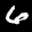
Label: 6